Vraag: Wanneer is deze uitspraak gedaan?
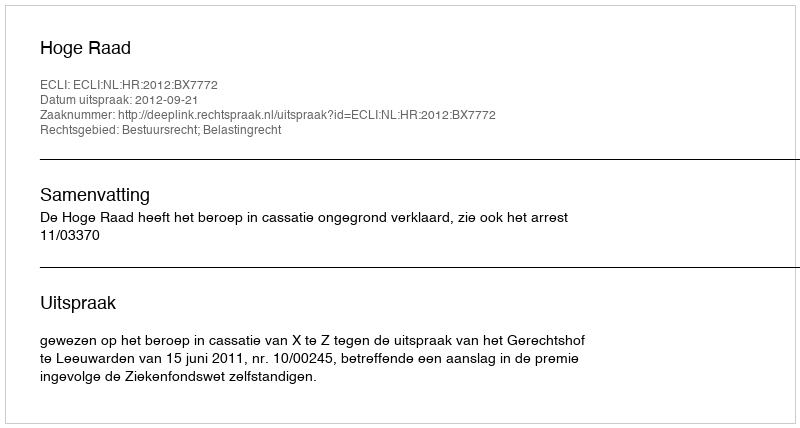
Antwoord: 2012-09-21